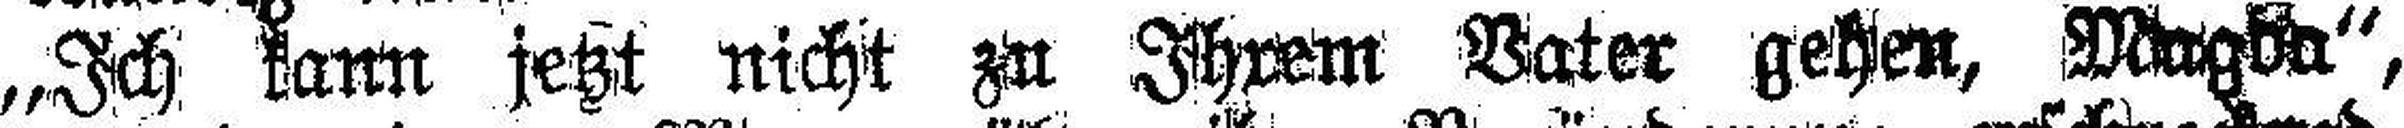
„Ich kann jetzt nicht zu Ihrem Vater gehen, Magda“,